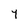
Character: Y